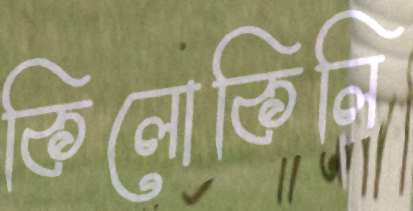
কিলোকিলি